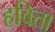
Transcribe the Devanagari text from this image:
हविता